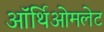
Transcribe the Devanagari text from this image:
ऑर्थिओमलेट